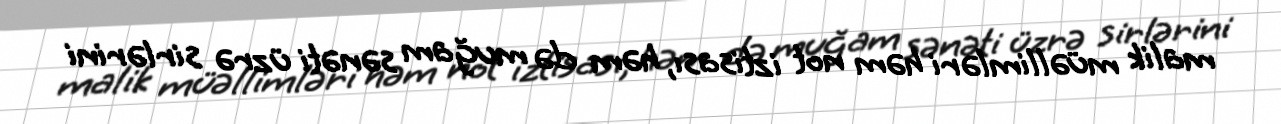
malik müəllimləri həm not iztisası, həm də muğam sənəti üzrə sirlərini